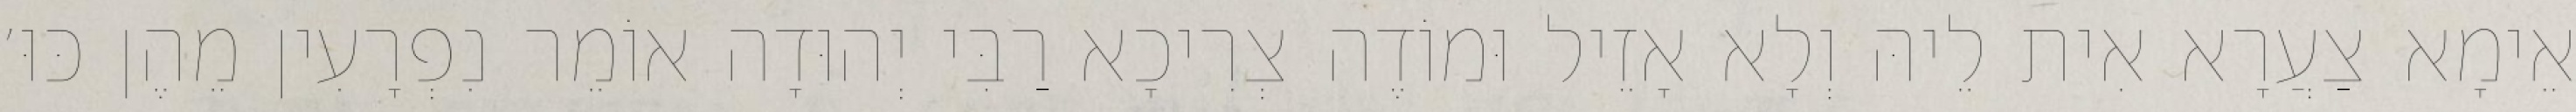
אֵימָא צַעֲרָא אִית לֵיהּ וְלָא אָזֵיל וּמוֹדֶה צְרִיכָא רַבִּי יְהוּדָה אוֹמֵר נִפְרָעִין מֵהֶן כּוּ׳